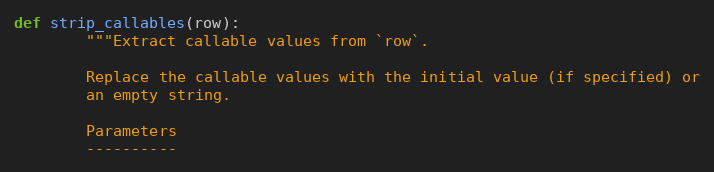
Language: Python
def strip_callables(row):
        """Extract callable values from `row`.

        Replace the callable values with the initial value (if specified) or
        an empty string.

        Parameters
        ----------